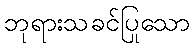
ဘုရားသခင်ပြုသော